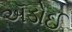
ઍડોઈ